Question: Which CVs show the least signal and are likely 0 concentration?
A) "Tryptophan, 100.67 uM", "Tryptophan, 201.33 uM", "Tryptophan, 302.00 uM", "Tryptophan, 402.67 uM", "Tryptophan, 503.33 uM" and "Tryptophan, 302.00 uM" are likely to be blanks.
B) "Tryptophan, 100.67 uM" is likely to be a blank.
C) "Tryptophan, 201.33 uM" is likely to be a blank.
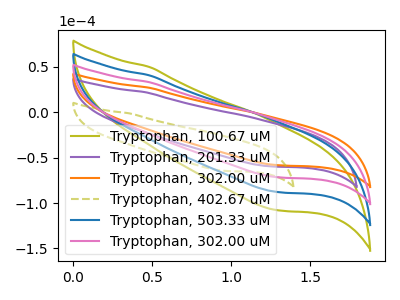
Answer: <think>The olive curve "Tryptophan, 100.67 uM" has no peaks. The purple curve "Tryptophan, 201.33 uM" has no peaks. The orange curve "Tryptophan, 302.00 uM" has no peaks. The olive dashed curve "Tryptophan, 402.67 uM" has no peaks. The blue curve "Tryptophan, 503.33 uM" has no peaks. The pink curve "Tryptophan, 302.00 uM" has no peaks.</think>
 <answer>A) "Tryptophan, 100.67 uM", "Tryptophan, 201.33 uM", "Tryptophan, 302.00 uM", "Tryptophan, 402.67 uM", "Tryptophan, 503.33 uM" and "Tryptophan, 302.00 uM" are likely to be blanks.</answer>
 <eval>A</eval>